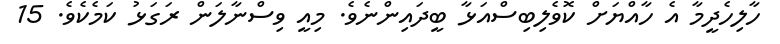
ހާލިހެދީމާ އެ ހާއްޔަށް ކޮވެލިބިސްއަޅާ ބީދައިންނެވެ. މިއީ ވިސްނާލަން ރަގަޅު ކަމެކެވެ. 15